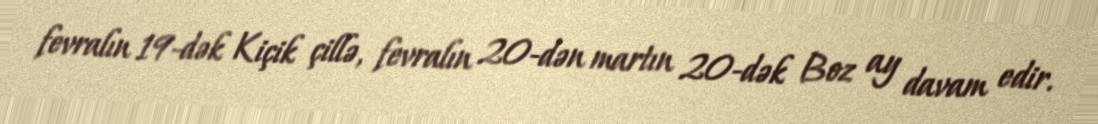
fevralın 19-dək Kiçik çillə, fevralın 20-dən martın 20-dək Boz ay davam edir.